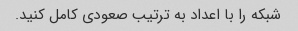
شبکه را با اعداد به ترتیب صعودی کامل کنید.